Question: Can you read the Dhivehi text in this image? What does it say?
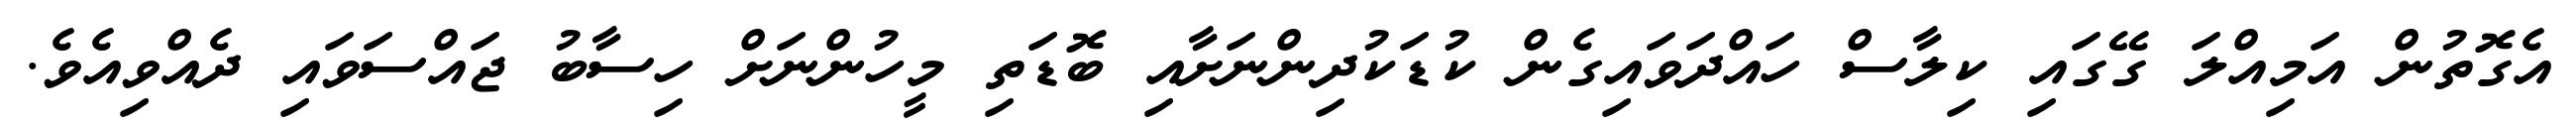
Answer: އެގޮތުން އަމިއްލަ ގޭގައި ކިލާސް ހައްދަވައިގެން ކުޑަކުދިންނަށާއި ބޮޑަތި މީހުންނަށް ހިސާބު ޖައްސަވައި ދެއްވިއެވެ.